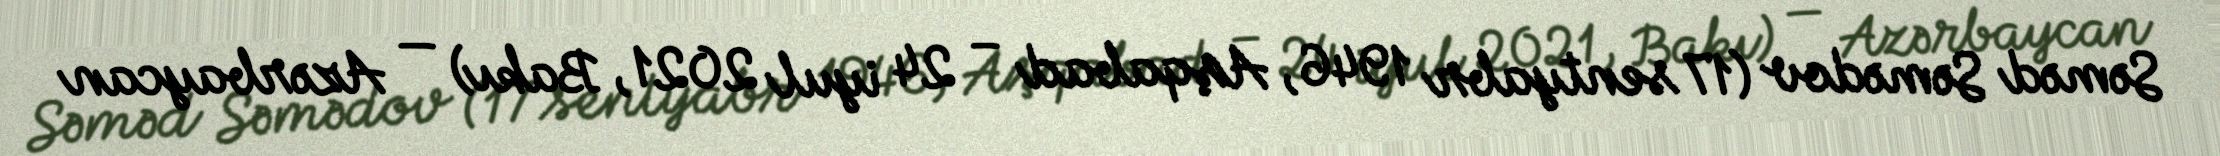
Səməd Səmədov (17 sentyabr 1946, Aşqabad – 24 iyul 2021, Bakı) — Azərbaycan